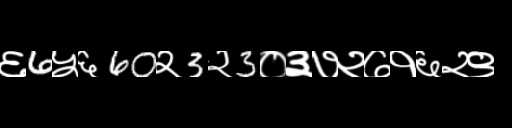
Text: ६6५६60२3२3०३७२७१६२९